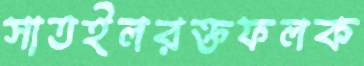
সাতইলরক্তফলক